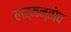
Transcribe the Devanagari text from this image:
लर्मन्तोव